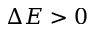
\Delta E > 0